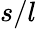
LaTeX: s/l